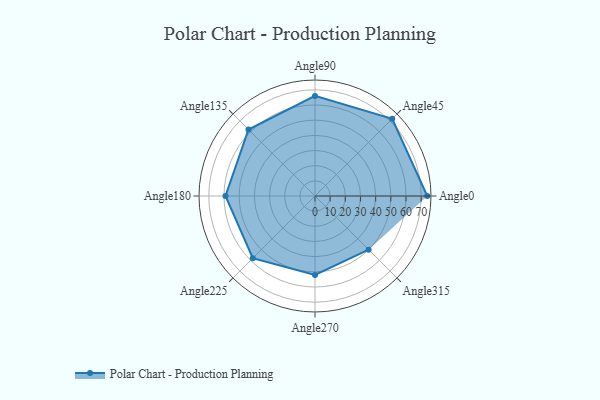
{"axis": {"x": "Angle", "y": "Radius"}, "legend": [""], "data": [{"x": "Angle0", "y": 74.0, "type": ""}, {"x": "Angle45", "y": 72.0, "type": ""}, {"x": "Angle90", "y": 66.0, "type": ""}, {"x": "Angle135", "y": 62.0, "type": ""}, {"x": "Angle180", "y": 59.0, "type": ""}, {"x": "Angle225", "y": 58.0, "type": ""}, {"x": "Angle270", "y": 52.0, "type": ""}, {"x": "Angle315", "y": 50, "type": ""}]}